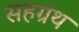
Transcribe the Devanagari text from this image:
सहग्रंथ